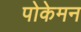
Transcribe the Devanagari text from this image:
पोकेमन